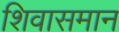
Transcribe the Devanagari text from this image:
शिवासमान